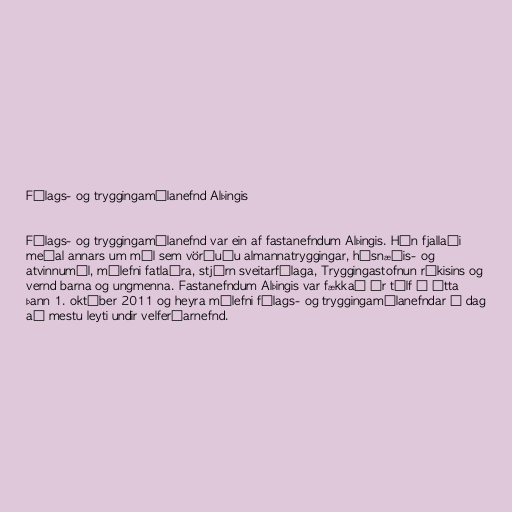
Félags- og tryggingamálanefnd Alþingis

Félags- og tryggingamálanefnd var ein af fastanefndum Alþingis. Hún fjallaði
meðal annars um mál sem vörðuðu almannatryggingar, húsnæðis- og
atvinnumál, málefni fatlaðra, stjórn sveitarfélaga, Tryggingastofnun ríkisins og
vernd barna og ungmenna. Fastanefndum Alþingis var fækkað úr tólf í átta
þann 1. október 2011 og heyra málefni félags- og tryggingamálanefndar í dag
að mestu leyti undir velferðarnefnd.